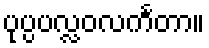
ပုပ္ပပလ္လဝလင်္ကတာ။